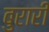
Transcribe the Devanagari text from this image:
बुरारी